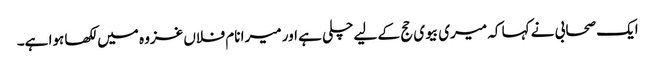
ایک صحابی نے کہا کہ میری بیوی حج کے لیے چلی ہے اور میرا نام فلاں غزوہ میں لکھا ہوا ہے۔